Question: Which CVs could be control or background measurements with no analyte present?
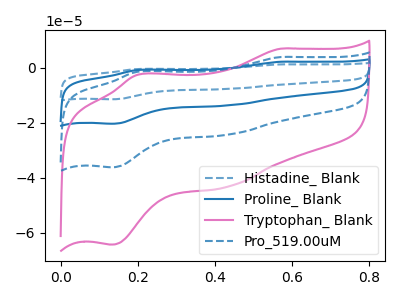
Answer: <think>The blue dashed curve "Histadine_ Blank" has anodic peaks at (0.55V, 11.70uA) (0.20V, -4.30uA) and cathodic peaks at (0.45V, -72.90uA) (0.15V, -108.45uA). The blue curve "Proline_ Blank" has anodic peaks at (0.55V, 7.80uA) (0.20V, -2.90uA) and cathodic peaks at (0.45V, -48.60uA) (0.15V, -72.30uA). The pink curve "Tryptophan_ Blank" has anodic peaks at (0.55V, 6.95uA) (0.20V, -2.55uA) and cathodic peaks at (0.45V, -43.20uA) (0.15V, -64.25uA). The blue dashed curve "Pro_519.00uM" has anodic peaks at (0.55V, 3.90uA) (0.20V, -1.45uA) and cathodic peaks at (0.45V, -24.30uA) (0.15V, -36.15uA).</think>
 <answer>There are not any CV's on this graph that are likely to be blanks.</answer>
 <eval>none</eval>